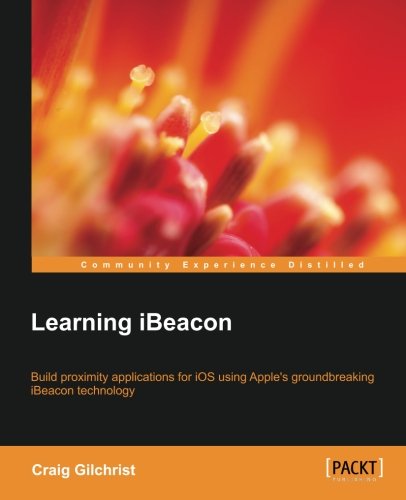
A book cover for Learning iBeacon; Craig Gilchrist; Computers & Technology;